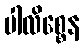
ပါလိစ္စေန